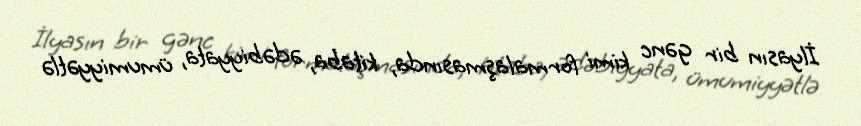
İlyasın bir gənc kimi formalaşmasında, kitaba, ədəbiyyata, ümumiyyətlə